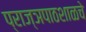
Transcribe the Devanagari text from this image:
प्राज्ञपाठशाळचे